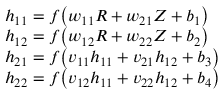
\begin{array} { r l } & { h _ { 1 1 } = f \big ( w _ { 1 1 } R + w _ { 2 1 } Z + b _ { 1 } \big ) } \\ & { h _ { 1 2 } = f \big ( w _ { 1 2 } R + w _ { 2 2 } Z + b _ { 2 } \big ) } \\ & { h _ { 2 1 } = f \big ( v _ { 1 1 } h _ { 1 1 } + v _ { 2 1 } h _ { 1 2 } + b _ { 3 } \big ) } \\ & { h _ { 2 2 } = f \big ( v _ { 1 2 } h _ { 1 1 } + v _ { 2 2 } h _ { 1 2 } + b _ { 4 } \big ) } \end{array}